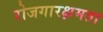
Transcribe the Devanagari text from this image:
रोजगारक्षमता